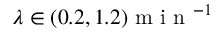
\lambda \in ( 0 . 2 , 1 . 2 ) \mathrm { ~ m ~ i ~ n ~ } ^ { - 1 }